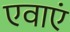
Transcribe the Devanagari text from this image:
एवाएं